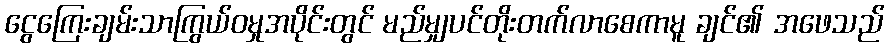
ငွေကြေးချမ်းသာကြွယ်ဝမှုအပိုင်းတွင် မည်မျှပင်တိုးတက်လာစေကာမူ ချင်၏ အဖေသည်